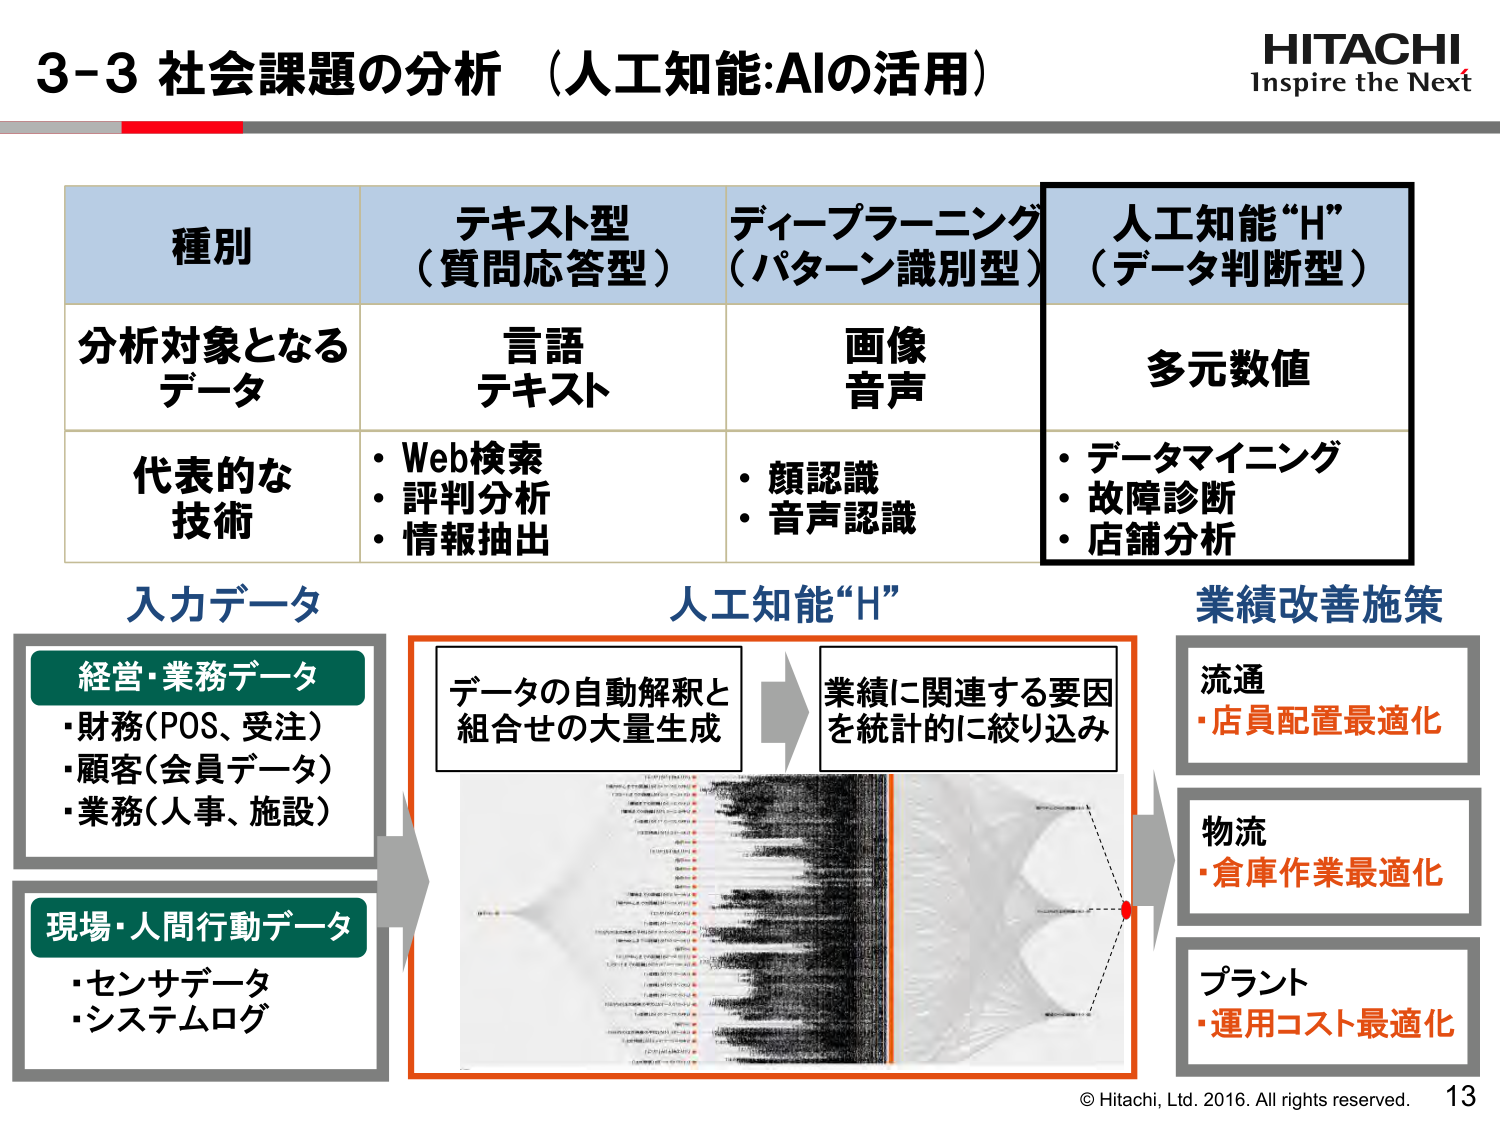
3-3 社会課題の分析（人工知能:AIの活用）

HITACHI
Inspire the Next

種別
テキスト型（質問応答型）
ディープラーニング（パターン識別型）
人工知能“H”（データ判断型）

分析対象となるデータ
言語
テキスト
画像
音声
多値数値

代表的な技術
・Web検索
・評判分析
・情報抽出
・顔認識
・音声認識
・データマイニング
・故障診断
・店舗分析

入力データ
経営・業務データ
・財務（POS、受注）
・顧客（会員データ）
・業務（人事、施設）
現場・人間行動データ
・センサデータ
・システムログ

人工知能“H”
データの自動解釈と
組合せの大量生成
→
業績に関連する要因
を統計的に絞り込み

業績改善施策
流通
・店員配置最適化
物流
・倉庫作業最適化
プラント
・運用コスト最適化

© Hitachi, Ltd. 2016. All rights reserved.
13